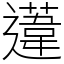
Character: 𨗨